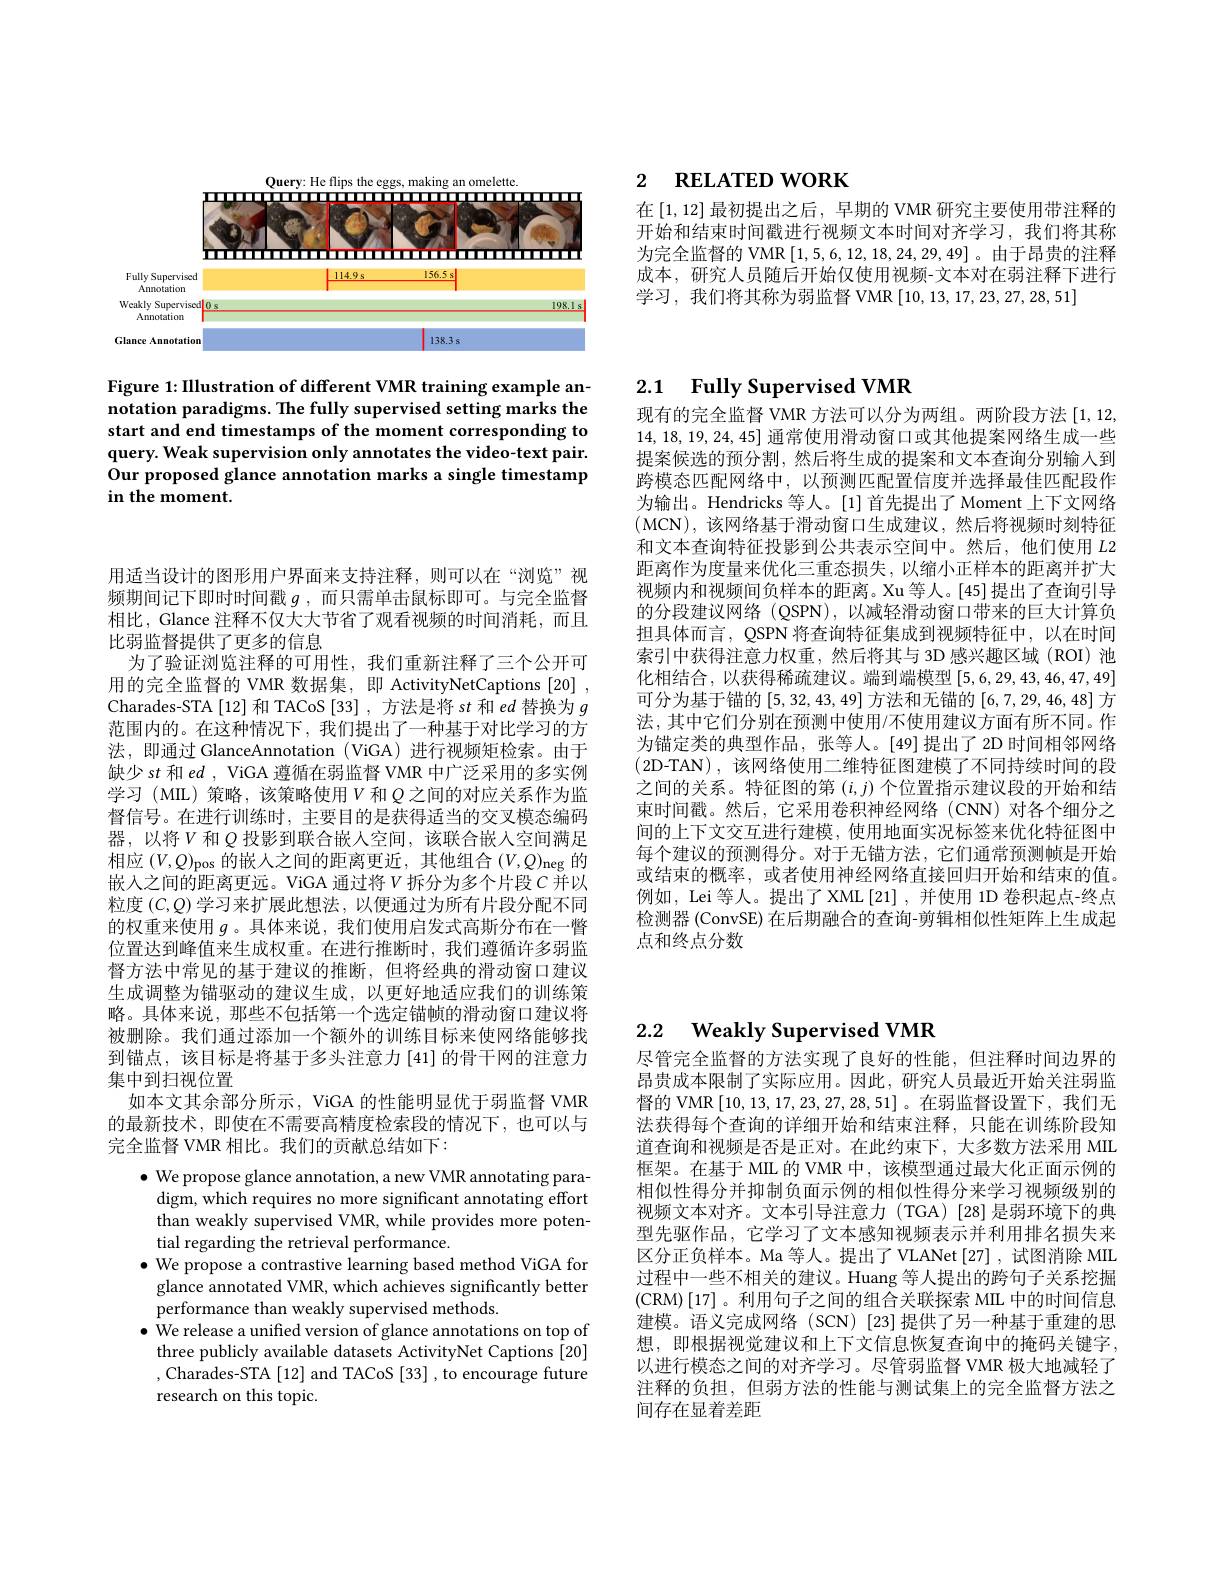
He
omelette
<FigureHere>

Figure 1: Illustration of different VMR training example annotation paradigms. The fully supervised setting marks the start and end timestamps of the moment corresponding to query. Weak supervision only annotates the video-text pair. Our proposed glance annotation marks a single timestamp in the moment.

## 2 $\textbf{RELATED WORK}$

在$\left[1,12\right]$最初提出之后，早期的 VMR 研究主要使用带注释的开始和结束时间戳进行视频文本时间对齐学习，我们将其称为完全监督的 VMR [1,5,6,12,18,24,29,49]。由于昂贵的注释成本，研究人员随后开始仅使用视频-文本对在弱注释下进行学习，我们将其称为弱监督 VMR [10,13,17,23,27,28,51]

# 2.1 Fully Supervised VMR

现有的完全监督 VMR 方法可以分为两组。两阶段方法[1,12, 14,18,19,24,45]通常使用滑动窗口或其他提案网络生成一些提案候选的预分割，然后将生成的提案和文本查询分别输入到跨模态匹配网络中，以预测匹配置信度并选择最佳匹配段作为输出。Hendricks 等人。[1]首先提出了Moment 上下文网络(MCN),该网络基于滑动窗口生成建议，然后将视频时刻特征和文本查询特征投影到公共表示空间中。然后，他们使用$L2$ 距离作为度量来优化三重态损失，以缩小正样本的距离并扩大视频内和视频间负样本的距离。Xu 等人。[45]提出了查询引导的分段建议网络 (QSPN),以减轻滑动窗口带来的巨大计算负担具体而言，QSPN 将查询特征集成到视频特征中，以在时间索引中获得注意力权重，然后将其与 3D 感兴趣区域 (ROI) 池化相结合，以获得稀疏建议。端到端模型$\left[5,6,29,43,46,47,49\right]$ 可分为基于锚的[5,32,43,49]方法和无锚的[6,7,29,46,48]方法，其中它们分别在预测中使用/不使用建议方面有所不同。作为锚定类的典型作品，张等人。[49]提出了2D 时间相邻网络(2D-TAN),该网络使用二维特征图建模了不同持续时间的段之间的关系。特征图的第$(i,j)$个位置指示建议段的开始和结束时间戳。然后，它采用卷积神经网络(CNN)对各个细分之间的上下文交互进行建模，使用地面实况标签来优化特征图中每个建议的预测得分。对于无错方法，它们通常预测帧是开始或结束的概率，或者使用神经网络直接回归开始和结束的值。例如，Lei 等人。提出了 XML[21] , 并使用 1D 卷积起点-终点检测器 (ConvSE) 在后期融合的查询-剪辑相似性矩阵上生成起点和终点分数

用适当设计的图形用户界面来支持注释，则可以在“浏览”视频期间记下即时时间戳$g$,而只需单击鼠标即可。与完全监督相比，Glance 注释不仅大大节省了观看视频的时间消耗，而且比弱监督提供了更多的信息
为了验证浏览注释的可用性，我们重新注释了三个公开可用的完全监督的 VMR 数据集，即 ActivityNetCaptions [20] , Charades-STA[12] 和 TACoS[33] , 方法是将 s$t$和$ed$替换为$g$ 范围内的。在这种情况下，我们提出了一种基于对比学习的方法，即通过 GlanceAnnotation (ViGA) 进行视频矩检索。由于缺少 s$t$和 ed , ViGA 遵循在弱监督 VMR 中广泛采用的多实例学习 (MIL) 策略，该策略使用$V$ 和$Q$之间的对应关系作为监督信号。在进行训练时，主要目的是获得适当的交叉模态编码器，以将$V$ 和$Q$ 投影到联合嵌人空间，该联合嵌入空间满足相应$(V,Q)_\mathrm{pos}$的嵌人之间的距离更近，其他组合$(V,Q)_\mathrm{neg}$的嵌人之间的距离更远。ViGA 通过将$V$拆分为多个片段$C$并以粒度$(C,Q)$学习来扩展此想法，以便通过为所有片段分配不同的权重来使用$g$ 。具体来说，我们使用启发式高斯分布在一瞥位置达到峰值来生成权重。在进行推断时，我们遵循许多弱监督方法中常见的基于建议的推断，但将经典的滑动窗口建议生成调整为锚驱动的建议生成，以更好地适应我们的训练策略。具体来说，那些不包括第一个选定锚帧的滑动窗口建议将被删除。我们通过添加一个额外的训练目标来使网络能够找到锚点，该目标是将基于多头注意力[41]的骨干网的注意力集中到扫视位置
如本文其余部分所示，ViGA 的性能明显优于弱监督 VMR 的最新技术，即使在不需要高精度检索段的情况下，也可以与完全监督 VMR 相比。我们的贡献总结如下：
$\bullet$ We propose glance annotation, a new VMR annotating para-
digm, which requires no more significant annotating effort than weakly supervised VMR, while provides more potential regarding the retrieval performance.
$\bullet$ We propose a contrastive learning based method ViGA for
glance annotated VMR, which achieves significantly better
performance than weakly supervised methods.
$\bullet$ We release a unified version of glance annotations on top of three publicly available datasets ActivityNet Captions [20] ,Charades-STA[12] and TACoS[33], to encourage future research on this topic.

## 2.2 $\textbf{Weakly Supervised VMR}$

尽管完全监督的方法实现了良好的性能，但注释时间边界的昂贵成本限制了实际应用。因此，研究人员最近开始关注弱监督的 VMR [10,13,17,23,27,28,51]。在弱监督设置下，我们无法获得每个查询的详细开始和结束注释，只能在训练阶段知道查询和视频是否是正对。在此约束下，大多数方法采用 MIL 框架。在基于 MIL 的 VMR 中，该模型通过最大化正面示例的相似性得分并抑制负面示例的相似性得分来学习视频级别的视频文本对齐。文本引导注意力(TGA)[28]是弱环境下的典型先驱作品，它学习了文本感知视频表示并利用排名损失来区分正负样本。Ma 等人。提出了 VLANet [27] , 试图消除 MIL 过程中一些不相关的建议。Huang 等人提出的跨句子关系挖掘(CRM)[17]。利用句子之间的组合关联探索 MIL 中的时间信息建模。语义完成网络(SCN)[23]提供了另一种基于重建的思想，即根据视觉建议和上下文信息恢复查询中的掩码关键字， 以进行模态之间的对齐学习。尽管弱监督 VMR 极大地减轻了注释的负担，但弱方法的性能与测试集上的完全监督方法之间存在显着差距